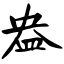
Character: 盎